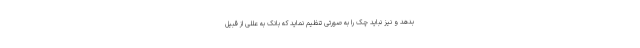
بدهد و نیز نباید چک را به صورتی تنظیم نماید که بانک به عللی از قبیل